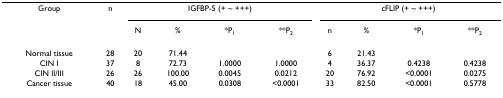
<table><thead><tr><td><b>Group</b></td><td><b>n</b></td><td colspan="4"><b>IGFBP-5 (+ ~ +++)</b></td><td colspan="4"><b>cFLIP (+ ~ +++)</b></td></tr><tr><td></td><td></td><td><b>N</b></td><td><b>%</b></td><td><b>*P<sub>1</sub></b></td><td><b>**P<sub>2</sub></b></td><td><b>n</b></td><td><b>%</b></td><td><b>*P<sub>1</sub></b></td><td><b>**P<sub>2</sub></b></td></tr></thead><tbody><tr><td>Normal tissue</td><td>28</td><td>20</td><td>71.44</td><td></td><td></td><td>6</td><td>21.43</td><td></td><td></td></tr><tr><td>CIN I</td><td>37</td><td>8</td><td>72.73</td><td>1.0000</td><td>1.0000</td><td>4</td><td>36.37</td><td>0.4238</td><td>0.4238</td></tr><tr><td>CIN II/III</td><td>26</td><td>26</td><td>100.00</td><td>0.0045</td><td>0.0212</td><td>20</td><td>76.92</td><td>&lt;0.0001</td><td>0.0275</td></tr><tr><td>Cancer tissue</td><td>40</td><td>18</td><td>45.00</td><td>0.0308</td><td>&lt;0.0001</td><td>33</td><td>82.50</td><td>&lt;0.0001</td><td>0.5778</td></tr></tbody></table>